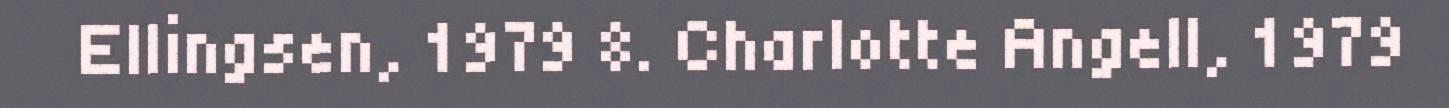
Ellingsen, 1979 8. Charlotte Angell, 1979